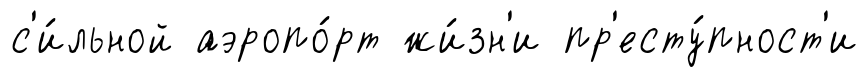
с'и́льной аэропо́рт жи́зн'и пр'есту́пност'и